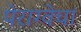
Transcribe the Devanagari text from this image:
पेराग्वेचा